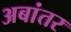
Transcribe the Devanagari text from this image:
अबांतर